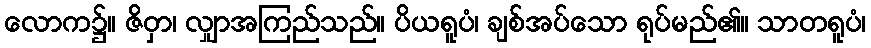
လောက၌။ ဇိဝှာ၊ လျှာအကြည်သည်။ ပိယရူပံ၊ ချစ်အပ်သော ရုပ်မည်၏။ သာတရူပံ၊